Vital statistics of India. Vol. V, Reports of 1876 on armies & jails and on epidemic cholera
Year: 1876
Disease focus: Cholera
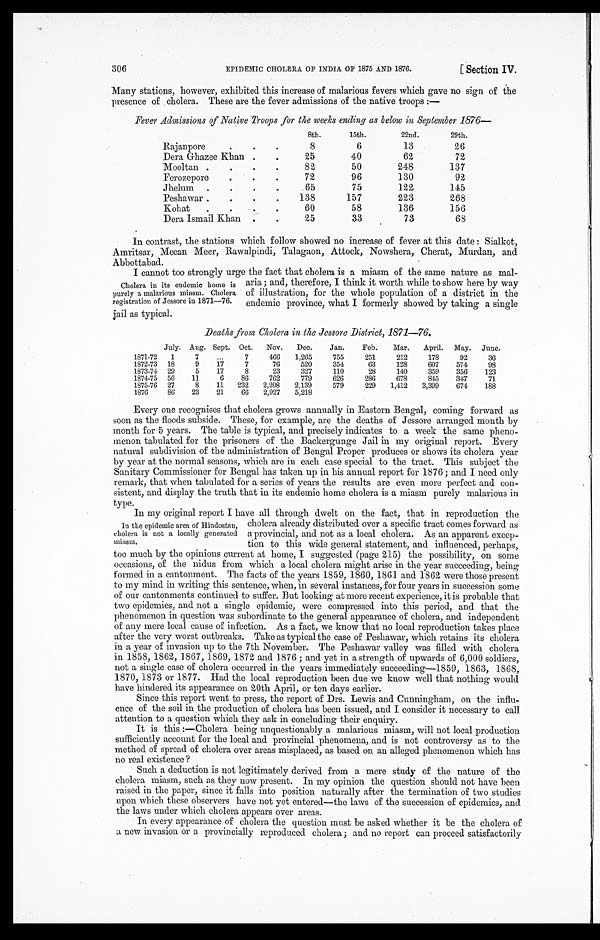
306
EPIDEMIC CHOLERA OF INDIA OF 1875 AND 1876.
[ Section IV.
Many stations, however, exhibited this increase of malarious fevers which gave no signofthe
presence of cholera. These are the fever admissions of the native troops :—
Fever Admissions of Native Troopsfor the weeks ending as below in September 1876—
Rajanpore
8th.
15th.
22nd.
29th.
8
6
13
26
Dera Ghazee Khan
25
40
62
72
Mool t an
82
50
248
137
Ferozepore
72
96
130
92
Jhelum
65
75
122
145
Peshawar
138
157
223
268
Kohat
60
58
136
156
Dera Ismail Khan
25
33
73
68
In contrast, the stations which follow showed no increase of fever at this date : Sialkot,
Amritsar, Meean Meer, Rawalpindi, Talagaon, Attock, Nowshera, Cherat, Murdan, and
Abbottabad.
I cannot too strongly urge the fact that cholera is a miasm of the samenatureasmal-
Cholera in its endemic home is aria ; and, therefore, I think it worth while to show here byway
purely a malarious miasm. Cholera of illustration, for the whole population of a districtinthe
registration of Jessore in 1871—76.
endemic province, what I formerly showed by taking a single
jail as typical.
Deaths from Cholera in the Jessore District, 1871—76.
1871-72
July. Aug. Sept. Oct.
Nov.
Dec.
Jan.
Feb.
Mar.
April. May. June.
1
7
. . .
7
466
1,265
755
251
212
178
92
36
1872-73 18
9
17
7
76
520
354
63
128
607
574
98
1873-74 29
5
17
8
23
327
110
28
140
359
356
123
1874-75 56
11
6
86
762
779
626
286
678
845
347
71
1875-76 27
8
11
232
2,208
2,139
579
229
1,412
3,399
674
188
1876
8 6
23
21
66
2,927
5,218
Every one recognises that cholera grows annually in Eastern Bengal, comingforwardas
soon as the floods subside. These, for example, are the deaths of Jessore arranged month by
month for 5 years. The table is typical, and precisely indicates to a weekthesamepheno-
menon tabulated for the prisoners of the Backergunge Jail in my original report. Every
natural subdivision of the administration of Bengal Proper produces or shows its cholera year
by year at the normal seasons, which are in each case special to the tract. This subject the
Sanitary Commissioner for Bengal has taken up in his annual report for 1876; and I need only
remark, that when tabulated for a series of years the results are even more perfect and con-
sistent, and display the truth that in its endemic home cholera is a miasm purely malarious in
type.
In my original report I have all through dwelt on the fact, that in reproduction the
In the epidemic area of Hindostan,
cholera is not a locally generated
miasm.
cholera already distributed over a specific tract comesforwardas
a provincial, and not as a local cholera. Asanapparentexcep-
tion to this wide general statement, and influenced, perhaps,
too much by the opinions current at home, I suggested (page 215) the possibility, on some
occasions, of the nidus from which a local cholera might arise in theyearsucceeding,being
formed in a cantonment. The facts of the years 1859, 1860, 1861 and 1862werethosepresent
to my mind in writing this sentence, when, in several instances, for four years in succession some
of our cantonments continued to suffer. But looking at morerecentexperience,itisprobable that
two epidemics, and not a single epidemic, were compressed into this period, and that the
phenomenon in question was subordinate to the general appearance of cholera, and independent
of any mere local cause of infection. As a fact, we know that no local reproduction takes place
after the very worst outbreaks. Take as typical the case of Peshawar, which retains its cholera
in a year of invasion up to the 7th November. The Peshawar valley was filled with cholera
in 1858, 1862, 1867, 1869, 1872 and 1876;and yet in a strength of upwards of 6,000 soldiers,
not a single case of cholera occurred in the years immediately succeeding-1859, 1863, 1868,
1870, 1873 or 1877. Had the local reproduction been due we know well that nothing would
have hindered its appearance on 20th April, or ten days earlier.
Since this report went to press, the report of Drs. Lewis and Cunningham, on the influ-
ence of the soil in the production Of cholera has been issued, and I consider it necessary to call
attention to a question which they ask in concluding their enquiry.
It is this :—Cholera being unquestionably a malarious miasm, will not local production
sufficiently account for the local and provincial phenomena, and is not controversy as to the
method of spread of cholera over areas misplaced, as based on an alleged phenomenon which has
no real existence ?
Such a deduction is not legitimately derived from a mere study of the nature of the
cholera miasm, such as they now present. In my opinion the question should not have been
raised in the paper, since it falls into position naturally after the termination of two studies
upon which these Observers have not yet entered—the laws of the succession of epidemics, and
the laws under which cholera appears over areas.
In every appearance of cholera the question must be asked whether it be the cholera of
a new invasion or a provincially reproduced cholera; and no report can proceed satisfactorily